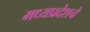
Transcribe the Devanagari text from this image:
मध्यप्रदेशचे